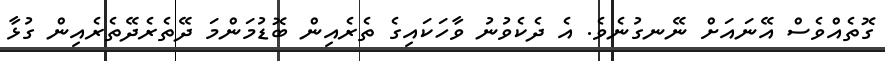
ގޮތެއްވެސް އޭނައަށް ނޭނގުނެވެ. އެ ދެކެވުނު ވާހަކައިގެ ތެރެއިން ބޮޑުމަންމަ ދޭތެރެދޭތެރެއިން ގުޅާ